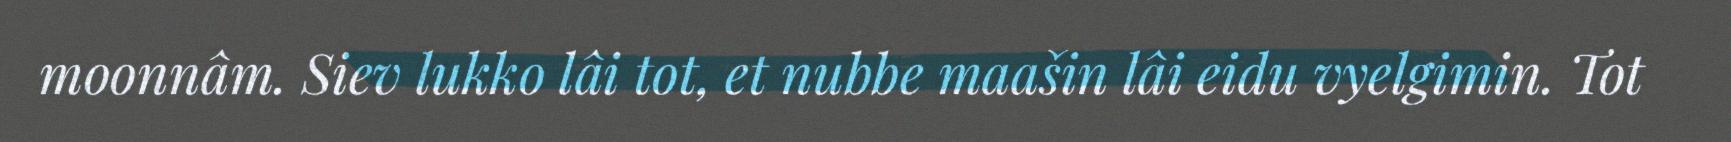
moonnâm. Siev lukko lâi tot, et nubbe maašin lâi eidu vyelgimin. Tot